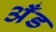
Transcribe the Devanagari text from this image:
अँड